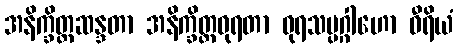
အနိက္ခိတ္တဆန္ဒတာ အနိက္ခိတ္တဓုရတာ ဓုရသမ္ပဂ္ဂါဟော ဝီရိယံ